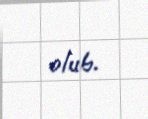
olub.